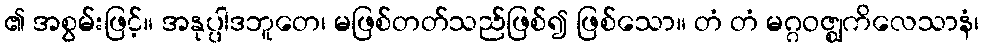
၏ အစွမ်းဖြင့်။ အနုပ္ပါဒဘူတေ၊ မဖြစ်တတ်သည်ဖြစ်၍ ဖြစ်သော။ တံ တံ မဂ္ဂဝဇ္ဈကိလေသာနံ၊